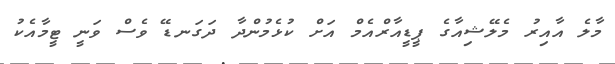
މާލެ އާއިރު މެލޭޝިއާގެ ޕީޑީއާރްއެމް އަށް ކުޅެމުންދާ ދަގަނޑޭ ވެސް ވަނީ ޓީމާއެކު